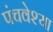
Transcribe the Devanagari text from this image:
पंचवेश्या